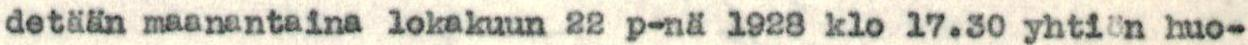
detään maanantaina lokakuun 22 p-nä 1928 klo 17.30 yhtiön huo-